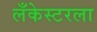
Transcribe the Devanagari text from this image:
लँकेस्टरला